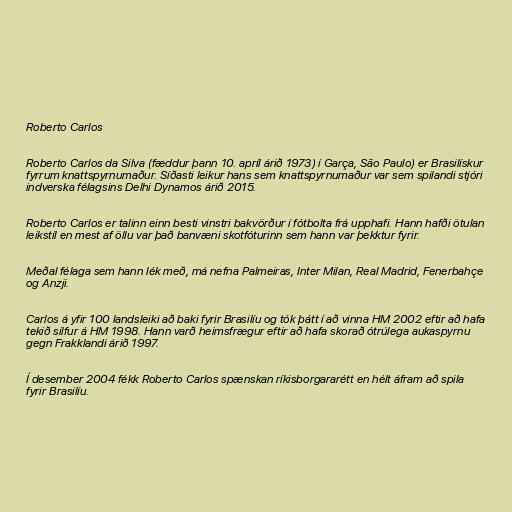
Roberto Carlos

Roberto Carlos da Silva (fæddur þann 10. apríl árið 1973) í Garça, São Paulo) er Brasilískur
fyrrum knattspyrnumaður. Síðasti leikur hans sem knattspyrnumaður var sem spilandi stjóri
indverska félagsins Delhi Dynamos árið 2015.

Roberto Carlos er talinn einn besti vinstri bakvörður í fótbolta frá upphafi. Hann hafði ötulan
leikstíl en mest af öllu var það banvæni skotfóturinn sem hann var þekktur fyrir.

Meðal félaga sem hann lék með, má nefna Palmeiras, Inter Milan, Real Madrid, Fenerbahçe
og Anzji.

Carlos á yfir 100 landsleiki að baki fyrir Brasilíu og tók þátt í að vinna HM 2002 eftir að hafa
tekið silfur á HM 1998. Hann varð heimsfrægur eftir að hafa skorað ótrúlega aukaspyrnu
gegn Frakklandi árið 1997.

Í desember 2004 fékk Roberto Carlos spænskan ríkisborgararétt en hélt áfram að spila
fyrir Brasilíu.